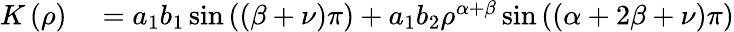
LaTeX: \begin{array}{rl}{K\left(\rho\right)}&{{}=a_{1}b_{1}\sin\left(\left(\beta+\nu\right)\pi\right)+a_{1}b_{2}\rho^{\alpha+\beta}\sin\left(\left(\alpha+2\beta+\nu\right)\pi\right)}\end{array}